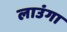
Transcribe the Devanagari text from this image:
लाउंगा